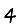
Digit: 4